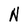
Character: N